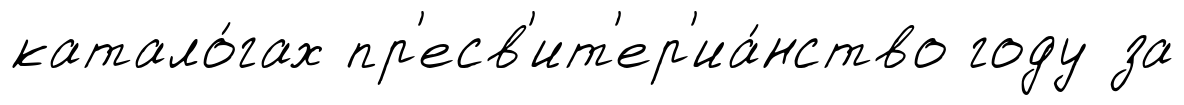
катало́гах пр'есв'ит'ер'иа́нство году за